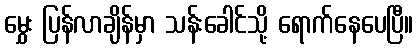
မွှေး ပြန်လာချိန်မှာ သန်းခေါင်သို့ ရောက်နေပေပြီ။